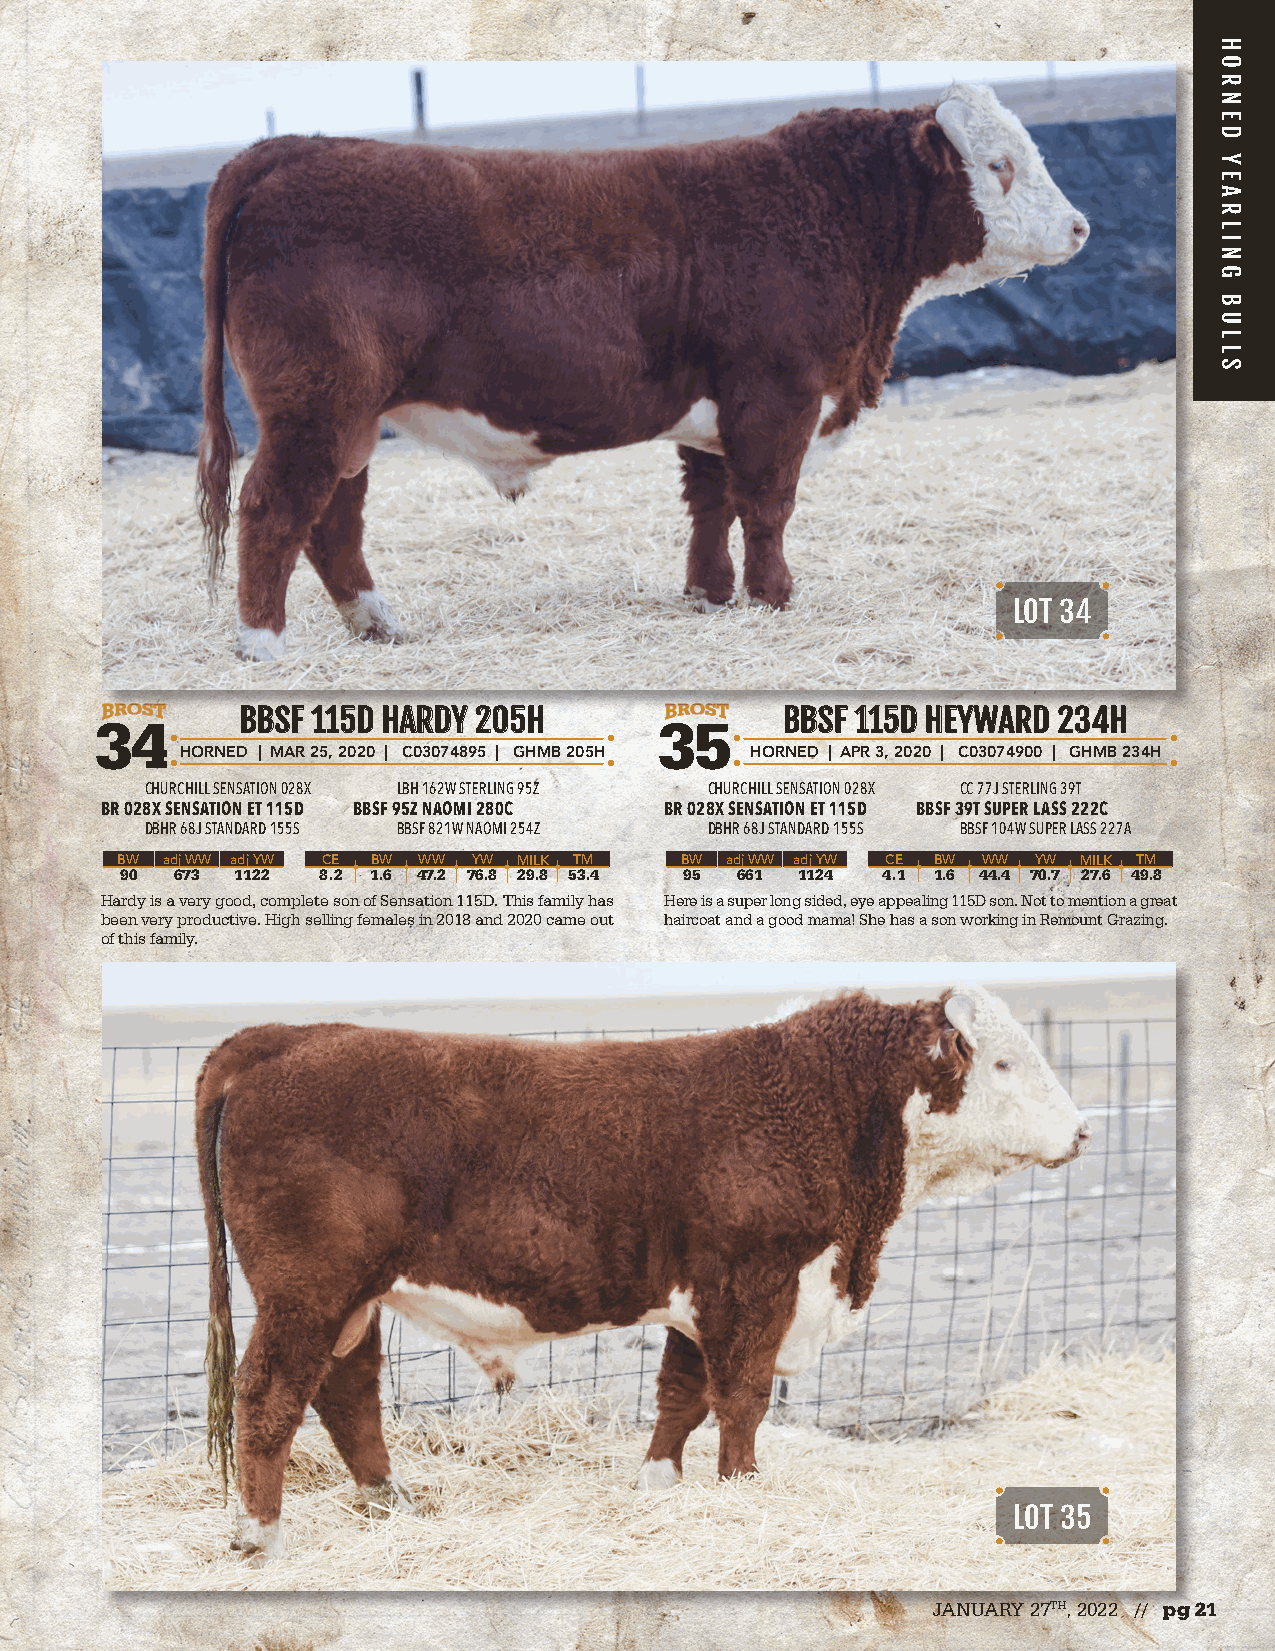
LOT 34
 BBBBSSFF 111155DD HHAARRDDYY 220055HH BBBBSSFF 111155DD HHEEYYWWAARRDD 223344HH
 34                                    35
 HORNED | MAR 25, 2020 | C03074895 | GHMB 205H HORNED | APR 3, 2020 | C03074900 | GHMB 234H
 CHURCHILL SENSATION 028X LBH 162W STERLING 95Z CHURCHILL SENSATION 028X CC 77J STERLING 39T
 BR 028X SENSATION ET 115D BBSF 95Z NAOMI 280C BR 028X SENSATION ET 115D BBSF 39T SUPER LASS 222C
 DBHR 68J STANDARD 155S BBSF 821W NAOMI 254Z DBHR 68J STANDARD 155S BBSF 104W SUPER LASS 227A
 BW adj WW adj YW CE BW WW YW MILK TM BW adj WW adj YW CE BW WW YW MILK TM
 90 673  1122 8.2 1.6 47.2 76.8 29.8 53.4 95 661 1124 4.1 1.6 44.4 70.7 27.6 49.8
 Hardy is a very good, complete son of Sensation 115D. This family has Here is a super long sided, eye appealing 115D son. Not to mention a great
 been very productive. High selling females in 2018 and 2020 came out haircoat and a good mama! She has a son working in Remount Grazing.
 of this family.
 LOT 35
 JANUARY 27TH, 2022 // pg 21
 HORNED
 YEARLING
 BULLS